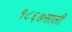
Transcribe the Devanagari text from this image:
१८६७साली